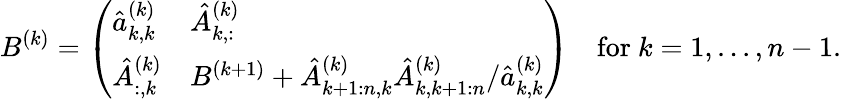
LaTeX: B^{(k)}=\left(\begin{array}{ll}{\hat{a}_{k,k}^{(k)}}&{\hat{A}_{k,:}^{(k)}}\\ {\hat{A}_{:,k}^{(k)}}&{B^{(k+1)}+\hat{A}_{k+1:n,k}^{(k)}\hat{A}_{k,k+1:n}^{(k)}/\hat{a}_{k,k}^{(k)}}\end{array}\right)\quad\mathrm{for~}k=1,...,n-1.